Vaccine operations Central Provinces & Berar 1922-1929 - 1922-1929
Year: 1922
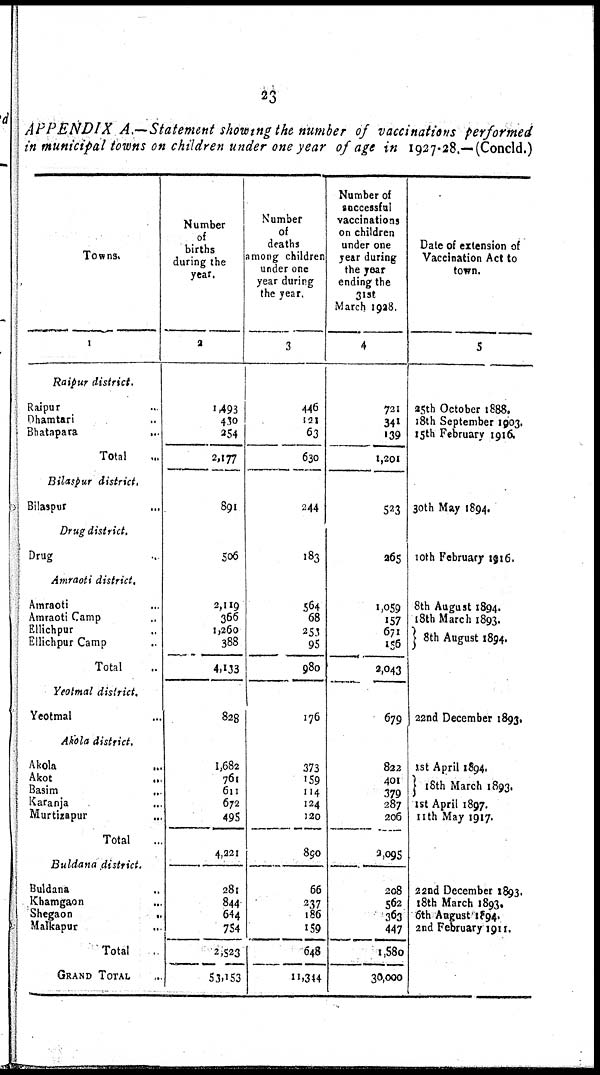
23
APPENDIX A.—Statement showing the number of vaccinations performed
in municipal towns on children under one year of age in 1927-28.—(Concld.)
Towns.
1
Raipur district.
Raipur ...
Dhamtari ...
Bhatapara
...
Total ...
Bilaspur district.
Bilaspur ...
Drug district.
Drug ...
Amraoti district.
Amraoti ...
Amraoti Camp ...
Ellichpur ...
Ellichpur Camp ...
Total ...
Yeotmal district.
Yeotmal ...
Akola district.
Akola
...
Akot ...
Basim ...
Karanja ...
Murtizapur ...
Total ...
Buldana district.
Buldana ...
Khamgaon ...
Shegaon
...
Malkapur
...
Total
GRAND TOTAL
Number
of
births
during the
year.
2
1,493
430
254
2,177
891
506
2,119
366
1,260
388
4,133
828
1,682
761
611
672
495
4,221
281
844
644
754
2,523
53,153
Number
of
deaths
among children
under one
year during
the year.
3
446
121
63
630
244
183
564
68
253
95
980
176
373
159
114
124
120
890
66
237
186
159
648
11,344
Number of
successful
vaccinations
on children
under one
year during
the year
ending the
31st
March 1928.
4
721
341
139
1,201
523
265
1,059
157
671
156
2,043
679
822
401
379
287
206
2,095
208
562
363
447
1,580
30,000
Dale of extension of
Vaccination Act to
town.
5
25th October 1888.
18th September 1903.
15th February 1916.
30th May 1894.
10th February 1916.
8th August 1894.
18th March 1893.
8th August 1894.
22nd December 1893.
1st April 1894.
18 th March 1893
1st April 1897.
11th May 1917.
22nd December 1893.
18th March 1893.
6th August 1894.
2nd February 1911.